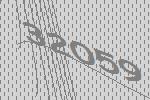
32059